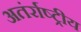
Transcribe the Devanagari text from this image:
अतंर्राष्ट्रीय